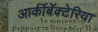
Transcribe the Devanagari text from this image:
आर्कीबॅक्टेरिया